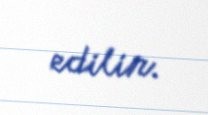
edilir.